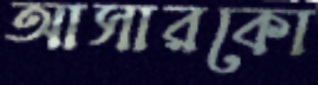
আসারকো